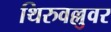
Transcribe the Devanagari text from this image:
थिरुवल्लुवर